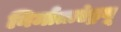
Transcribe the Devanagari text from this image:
निर्माताएंड्रयू